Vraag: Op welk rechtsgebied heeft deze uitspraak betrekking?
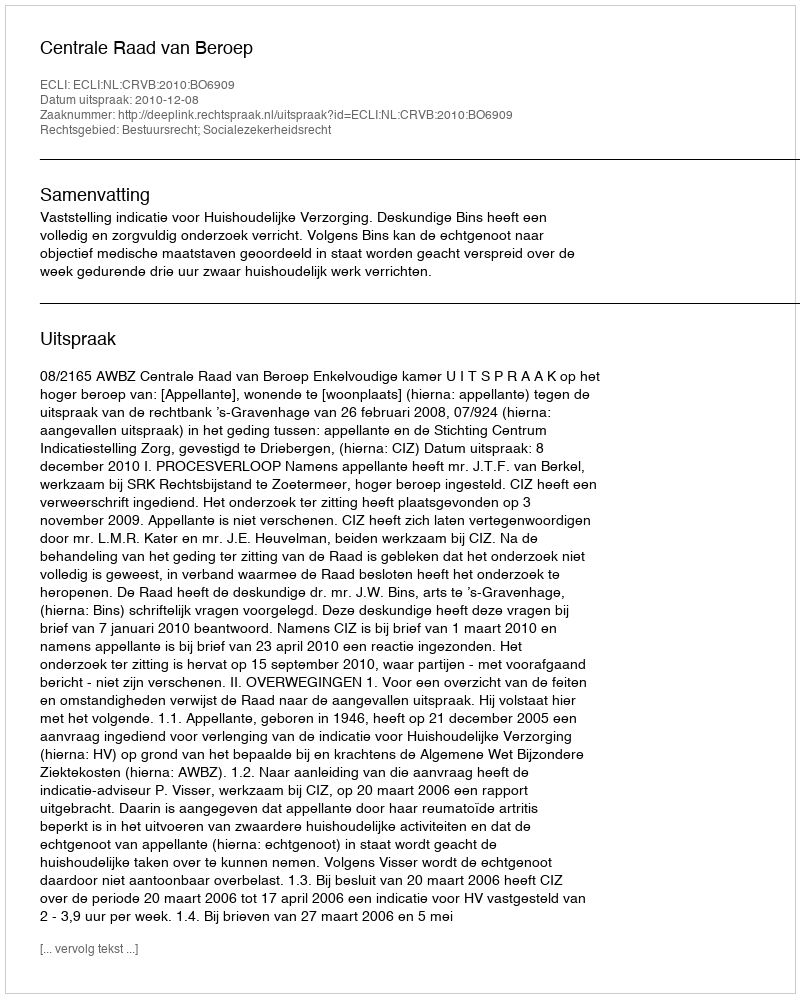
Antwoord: Bestuursrecht; Socialezekerheidsrecht